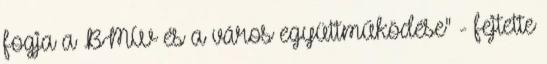
fogja a BMW és a város együttműködése" - fejtette